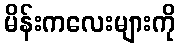
မိန်းကလေးများကို